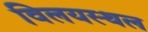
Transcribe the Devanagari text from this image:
विलयस्थल